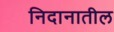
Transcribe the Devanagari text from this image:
निदानातील